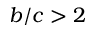
b / c > 2